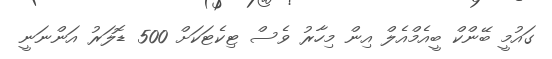
ގައުމީ ބޭންކް ބީއެމްއެލް އިން މިހާރު ވެސް ޓިކެޓަކަށް 500 ޑޮލަރު އަންނަނީ